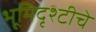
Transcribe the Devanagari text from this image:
भूमिदृश्टीचे